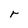
Character: r